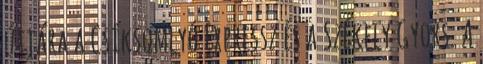
útjára a Csíksomlyó Expressz és a Székely Gyors. A